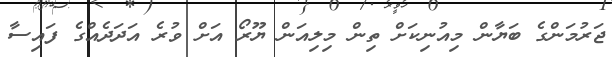
ޖަރުމަންގެ ބަޔާން މިއުނިކަށް ތިން މިލިއަން ޔޫރޯ އަށް ވުރެ އަދަދެއްގެ ފައިސާ